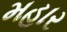
મહાર